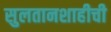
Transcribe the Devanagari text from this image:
सुलतानशाहीची